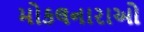
મોકલનારાઓ